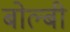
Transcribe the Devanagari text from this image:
बोल्बी